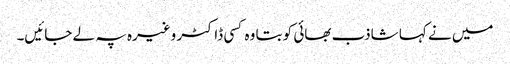
میں نے کہا شاذب بھائی کو بتا وہ کسی ڈاکٹر وغیرہ پہ لے جائیں۔